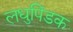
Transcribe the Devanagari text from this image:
लधुपिंडक